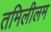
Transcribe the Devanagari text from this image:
तमिलीलम